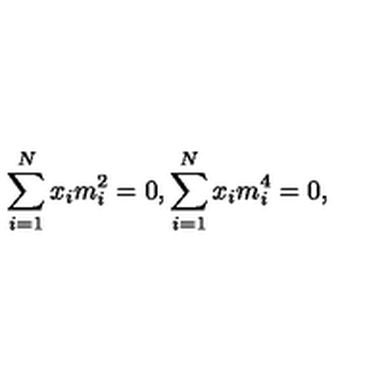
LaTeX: \sum _ { i = 1 } ^ { N } x _ { i } m _ { i } ^ { 2 } = 0 , \sum _ { i = 1 } ^ { N } x _ { i } m _ { i } ^ { 4 } = 0 ,